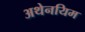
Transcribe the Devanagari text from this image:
अथेनयिम